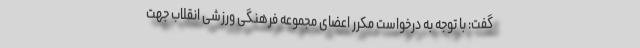
گفت: با توجه به درخواست مکرر اعضای مجموعه فرهنگی ورزشی انقلاب جهت